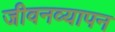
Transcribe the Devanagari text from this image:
जीवनव्यापन